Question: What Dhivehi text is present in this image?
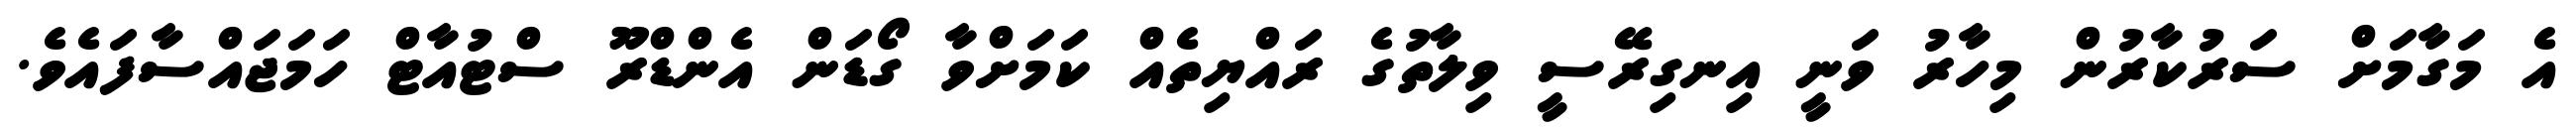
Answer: އެ މަގާމަށް ސަރުކާރުން މިހާރު ވަނީ އިނގިރޭސީ ވިލާތުގެ ރައްޔިތެއް ކަމަށްވާ ގޯޑަން އެންޑްރޫ ސްޓުއާޓް ހަމަޖައްސާފައެވެ.